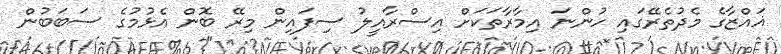
ޣައްޒާގެ މެދުތެރޭގައި ހުންނަ އިމާރާތަކަށް އިސްރާއީލު ސިފައިން މިރޭ ބޮން އެޅުމުގެ ސަބަބުން